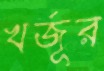
খর্জূর